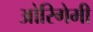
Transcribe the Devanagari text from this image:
ओरिगेमी